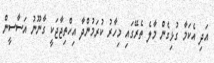
އަދި އެކަމާ ގުޅިގެން މާލެ ތެރޭގައި މިހާރު ކުރަމުންދާ އިހްތިޖާޖަކީ ގާނޫނު އަސާސީން